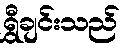
ရွှီချင်းသည်